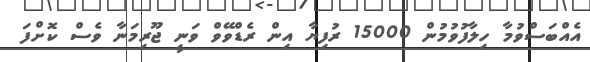
އެއްބަސްވުމާ ހިލާފުވުމުން 15000 ރުފިޔާ އިން ރެޑްވޭވް ވަނީ ޖޫރިމަނާ ވެސް ކޮށްފަ